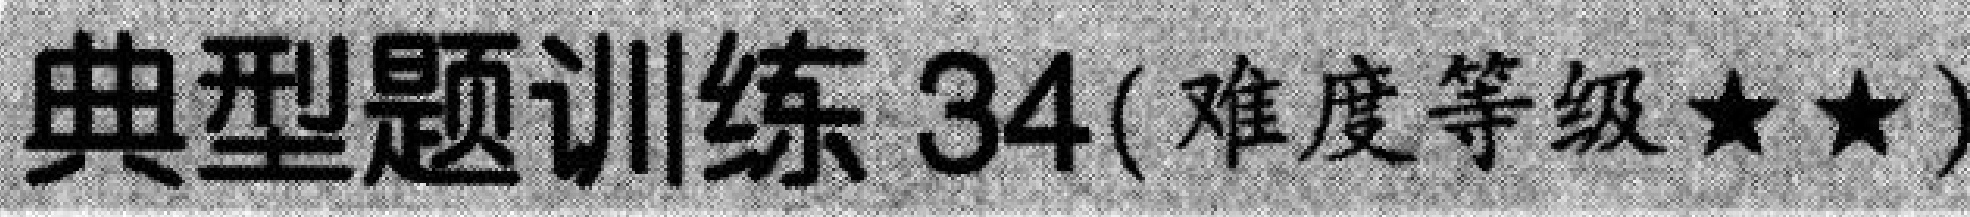
典型题训练 34(难度等级★★)